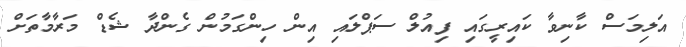
އަލިމަސް ކާނިވާ ކައިރީގައި ފިއުލް ސަޕްލައި އިން ހިންގަމުން ގެންދާ ޝެޑް މަރާމާތަށް